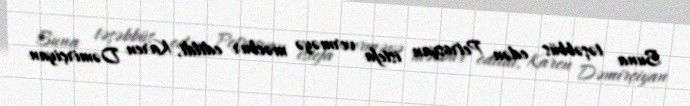
Buna təşəbbüs edən Petrosyan istefa verməyə məcbur edildi, Karen Dəmirçiyan